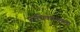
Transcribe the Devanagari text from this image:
प्राधिकरणाला